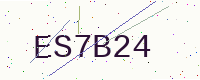
Text: ES7B24